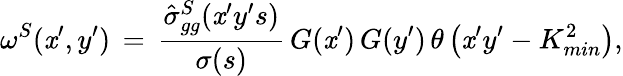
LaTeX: \omega^{S}(\mathit{x}^{\prime},y^{\prime})\, =\, \frac{{\hat{{\sigma}}_{gg}^{S}(\mathit{x}^{\prime}y^{\prime}s)}}{{\sigma(s)}}\, G(\mathit{x}^{\prime})\, G(y^{\prime})\, \theta\left(\mathit{x}^{\prime}y^{\prime}-K_{min}^{2}\right),